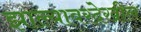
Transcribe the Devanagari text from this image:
झाल्यावरदेखील